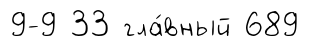
9-9 33 гла́вный 689